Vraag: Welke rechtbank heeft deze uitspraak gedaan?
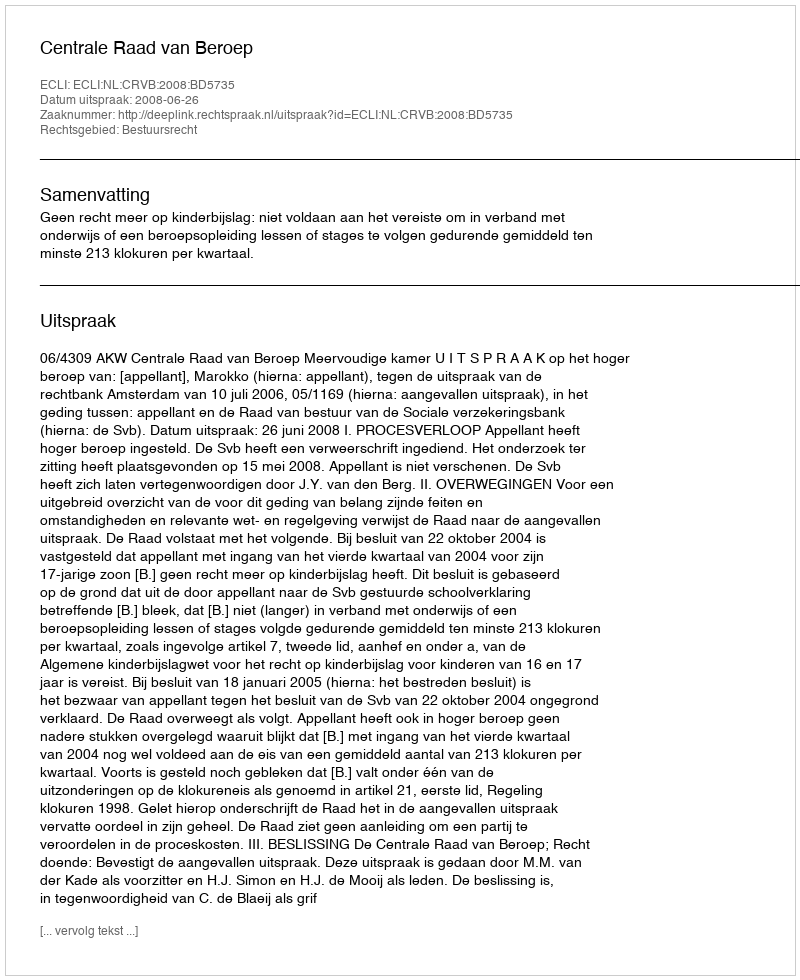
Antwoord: Centrale Raad van Beroep